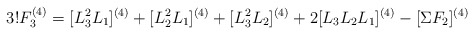
\begin{align*}3!F_{3}^{(4)}=[L_3^2L_1]^{(4)}+[L_2^2L_1]^{(4)}+[L_3^2L_2]^{(4)}+2[L_3L_2L_1]^{(4)}-[\Sigma F_2]^{(4)}\end{align*}